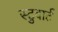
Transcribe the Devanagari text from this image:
स्टुवार्ट